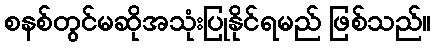
စနစ်တွင်မဆိုအသုံးပြုနိုင်ရမည် ဖြစ်သည်။